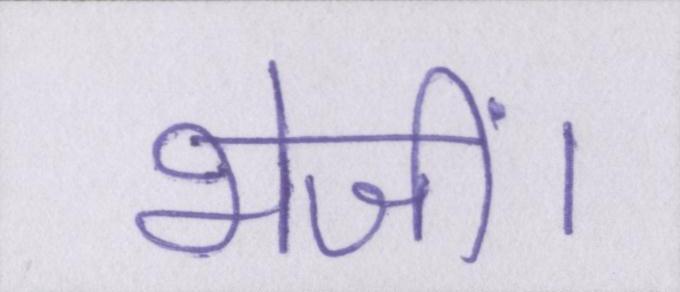
भेजीं।